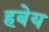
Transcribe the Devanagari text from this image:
हबेय